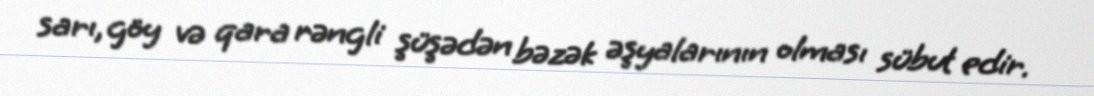
sarı, göy və qara rəngli şüşədən bəzək əşyalarının olması sübut edir.